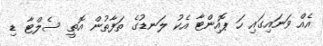
އެއް ވަނައިގައި ހަ ޕޮއިންޓާ އެކު ލަނޑުގެ ތަފާތުން އޮތީ ސެލްޓާ ޑި